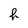
Character: f